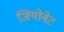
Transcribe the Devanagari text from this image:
जियोनेट